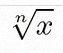
\sqrt[n]{x}